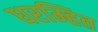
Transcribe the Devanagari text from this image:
धरम्हित